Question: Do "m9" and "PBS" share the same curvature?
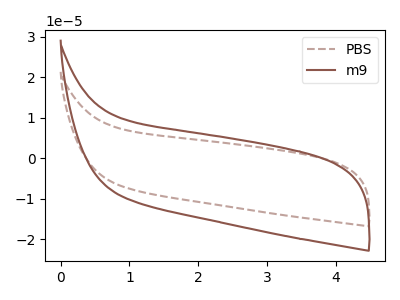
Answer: <think>The brown dashed curve "PBS" has no peaks. The brown curve "m9" has no peaks.
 Neither "m9" or "PBS" have any peaks.</think>
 <answer>"m9" and "PBS" are similar in shape.</answer>
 <eval>same_shape</eval>